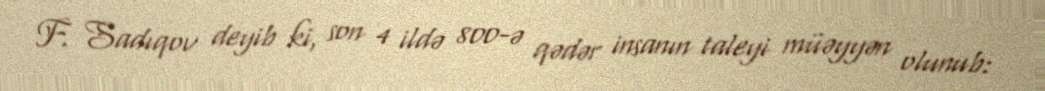
F. Sadıqov deyib ki, son 4 ildə 800-ə qədər insanın taleyi müəyyən olunub: